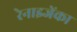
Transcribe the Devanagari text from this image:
रेनाइजेंका